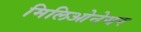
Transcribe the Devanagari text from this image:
मिलिओनेयर